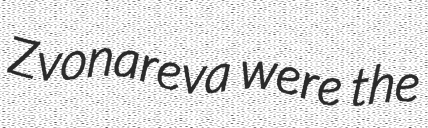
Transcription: Zvonareva were the